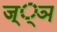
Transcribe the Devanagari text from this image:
ज््ञ